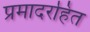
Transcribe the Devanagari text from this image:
प्रमादरहित